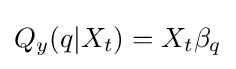
Q_{y}(q|X_{t})=X_{t}\beta _{q}